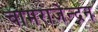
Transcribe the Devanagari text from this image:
चामराजेन्द्रन